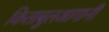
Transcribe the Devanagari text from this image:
किताबुलआगानी